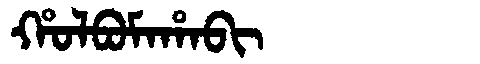
Manchu: ᡥᠣᠯᠪᠣᠮᠠᡥᠠᠪᡳ
Romanization: HOLBOMAHABI